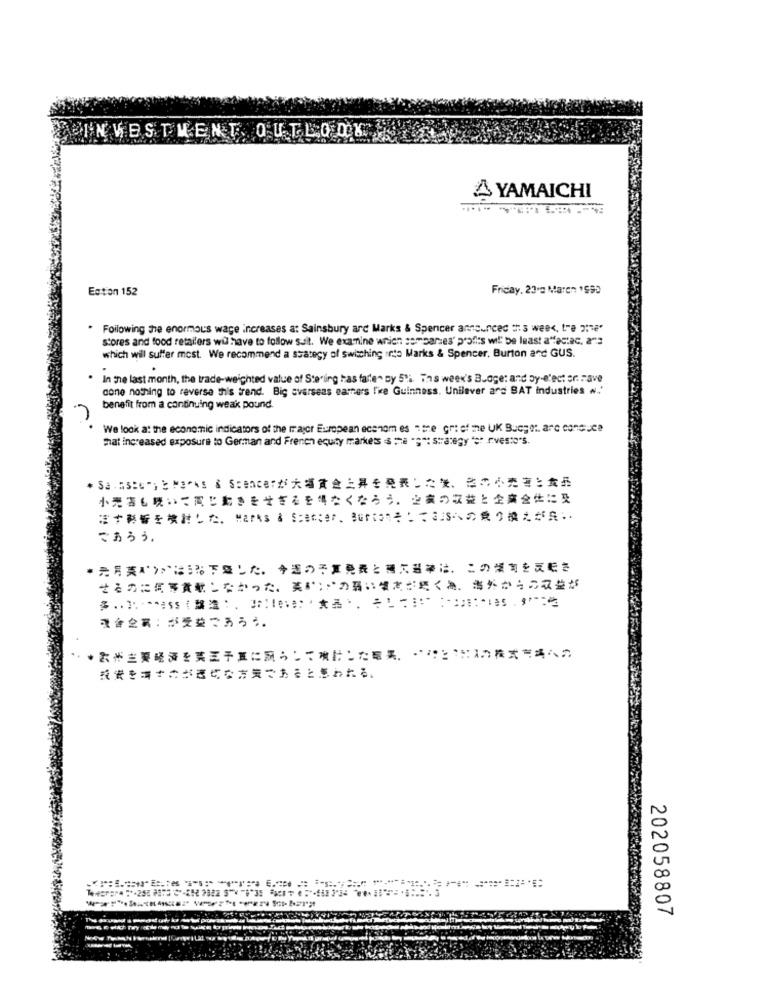
EIN VESTMENT. OULLODE
A YAMAICHI
Ection 152
Friday, 23'e Maren 1999
Following The enormous wage increases a: Sainsbury arc Marks & Spencer announced this week, tre be'
stores and food retailers wil have to follow suit. We examine which somparties' profits will be least a"fectac. a"s
which will suffer most. We recommend a scategy of Switching into Marks & Spencer, Burton and GUS.
In the last month, the trade-weighted value of Sterling has fallen by 5'i. ins week's Budge: and by-elect er. Fave
done nothing to reverse this trend. Big overseas earners fre Guinness. Unilever and BAT Industries #.'
benefit from a continuing weak pound.
We look at the economic indicators of the major European econom es " the gri of the UK Bucgot. are conduce
That increased exposure to German and French equity markets $ me ";": strategy "e" rivesto"s.
* Sa.Aster;2Fares & Scencerが大幅賞金上昇を発表した後、この小売害と食品
小売店も続いて同じ動きをせざるを得なくならう、と裏の収益と企業全体に及
ます影響を検討した. Marks & Scancer. Burione:38への乗り換えがら ··
であろう。
·光月英ポンドはまるで整した。今週の子算発表と補にお茶は、 このダ割を反転さ
せるのに何等賞軟しなかった。英ぷ;ごの弱い望えが続く為、 海外からの収益が
現含企業:が受益であろう。
·雲が主要経済を実業予算に願うして検討した眼異 ,·· と、購入株式市場への
202058807